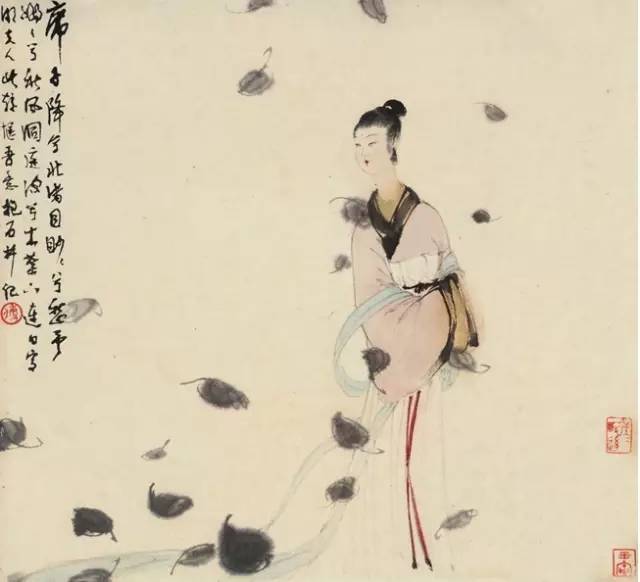
锦瑟华年谁与度？